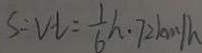
S : v i = \frac { 1 } { 6 } h . 7 2 k m / h